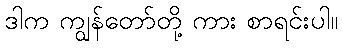
ဒါက ကျွန်တော်တို့ ကား စာရင်းပါ။